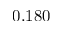
0 . 1 8 0